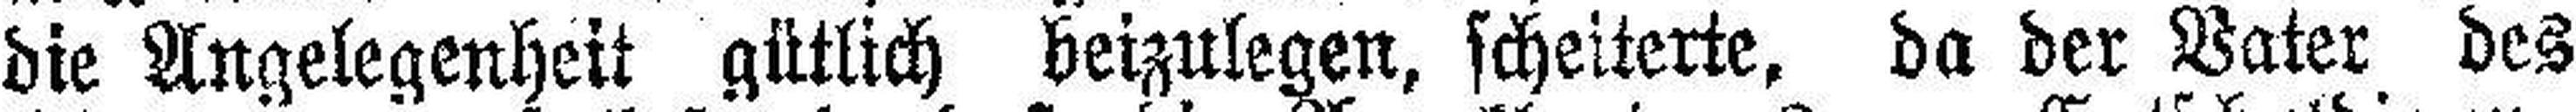
die Angelegenheit gütlich beizulegen, scheiterte, da der Vater des